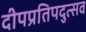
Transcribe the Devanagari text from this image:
दीपप्रतिपदुत्सव